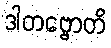
ဒါတဗ္ဗောတိ